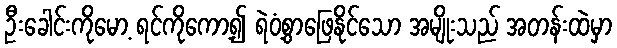
ဦးခေါင်းကိုမော့ ရင်ကိုကော့၍ ရဲဝံ့စွာဖြေနိုင်သော အမျိုးသည် အတန်းထဲမှာ